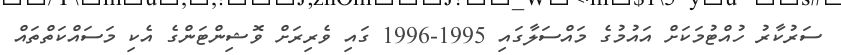
ސަރުކާރު ހުއްޓުމަކަށް އައުމުގެ މައްސަލާގައި 1995-1996 ގައި ވެރިރަށް ވޮޝިންޓަންގެ އެކި މަސައްކަތްތައް